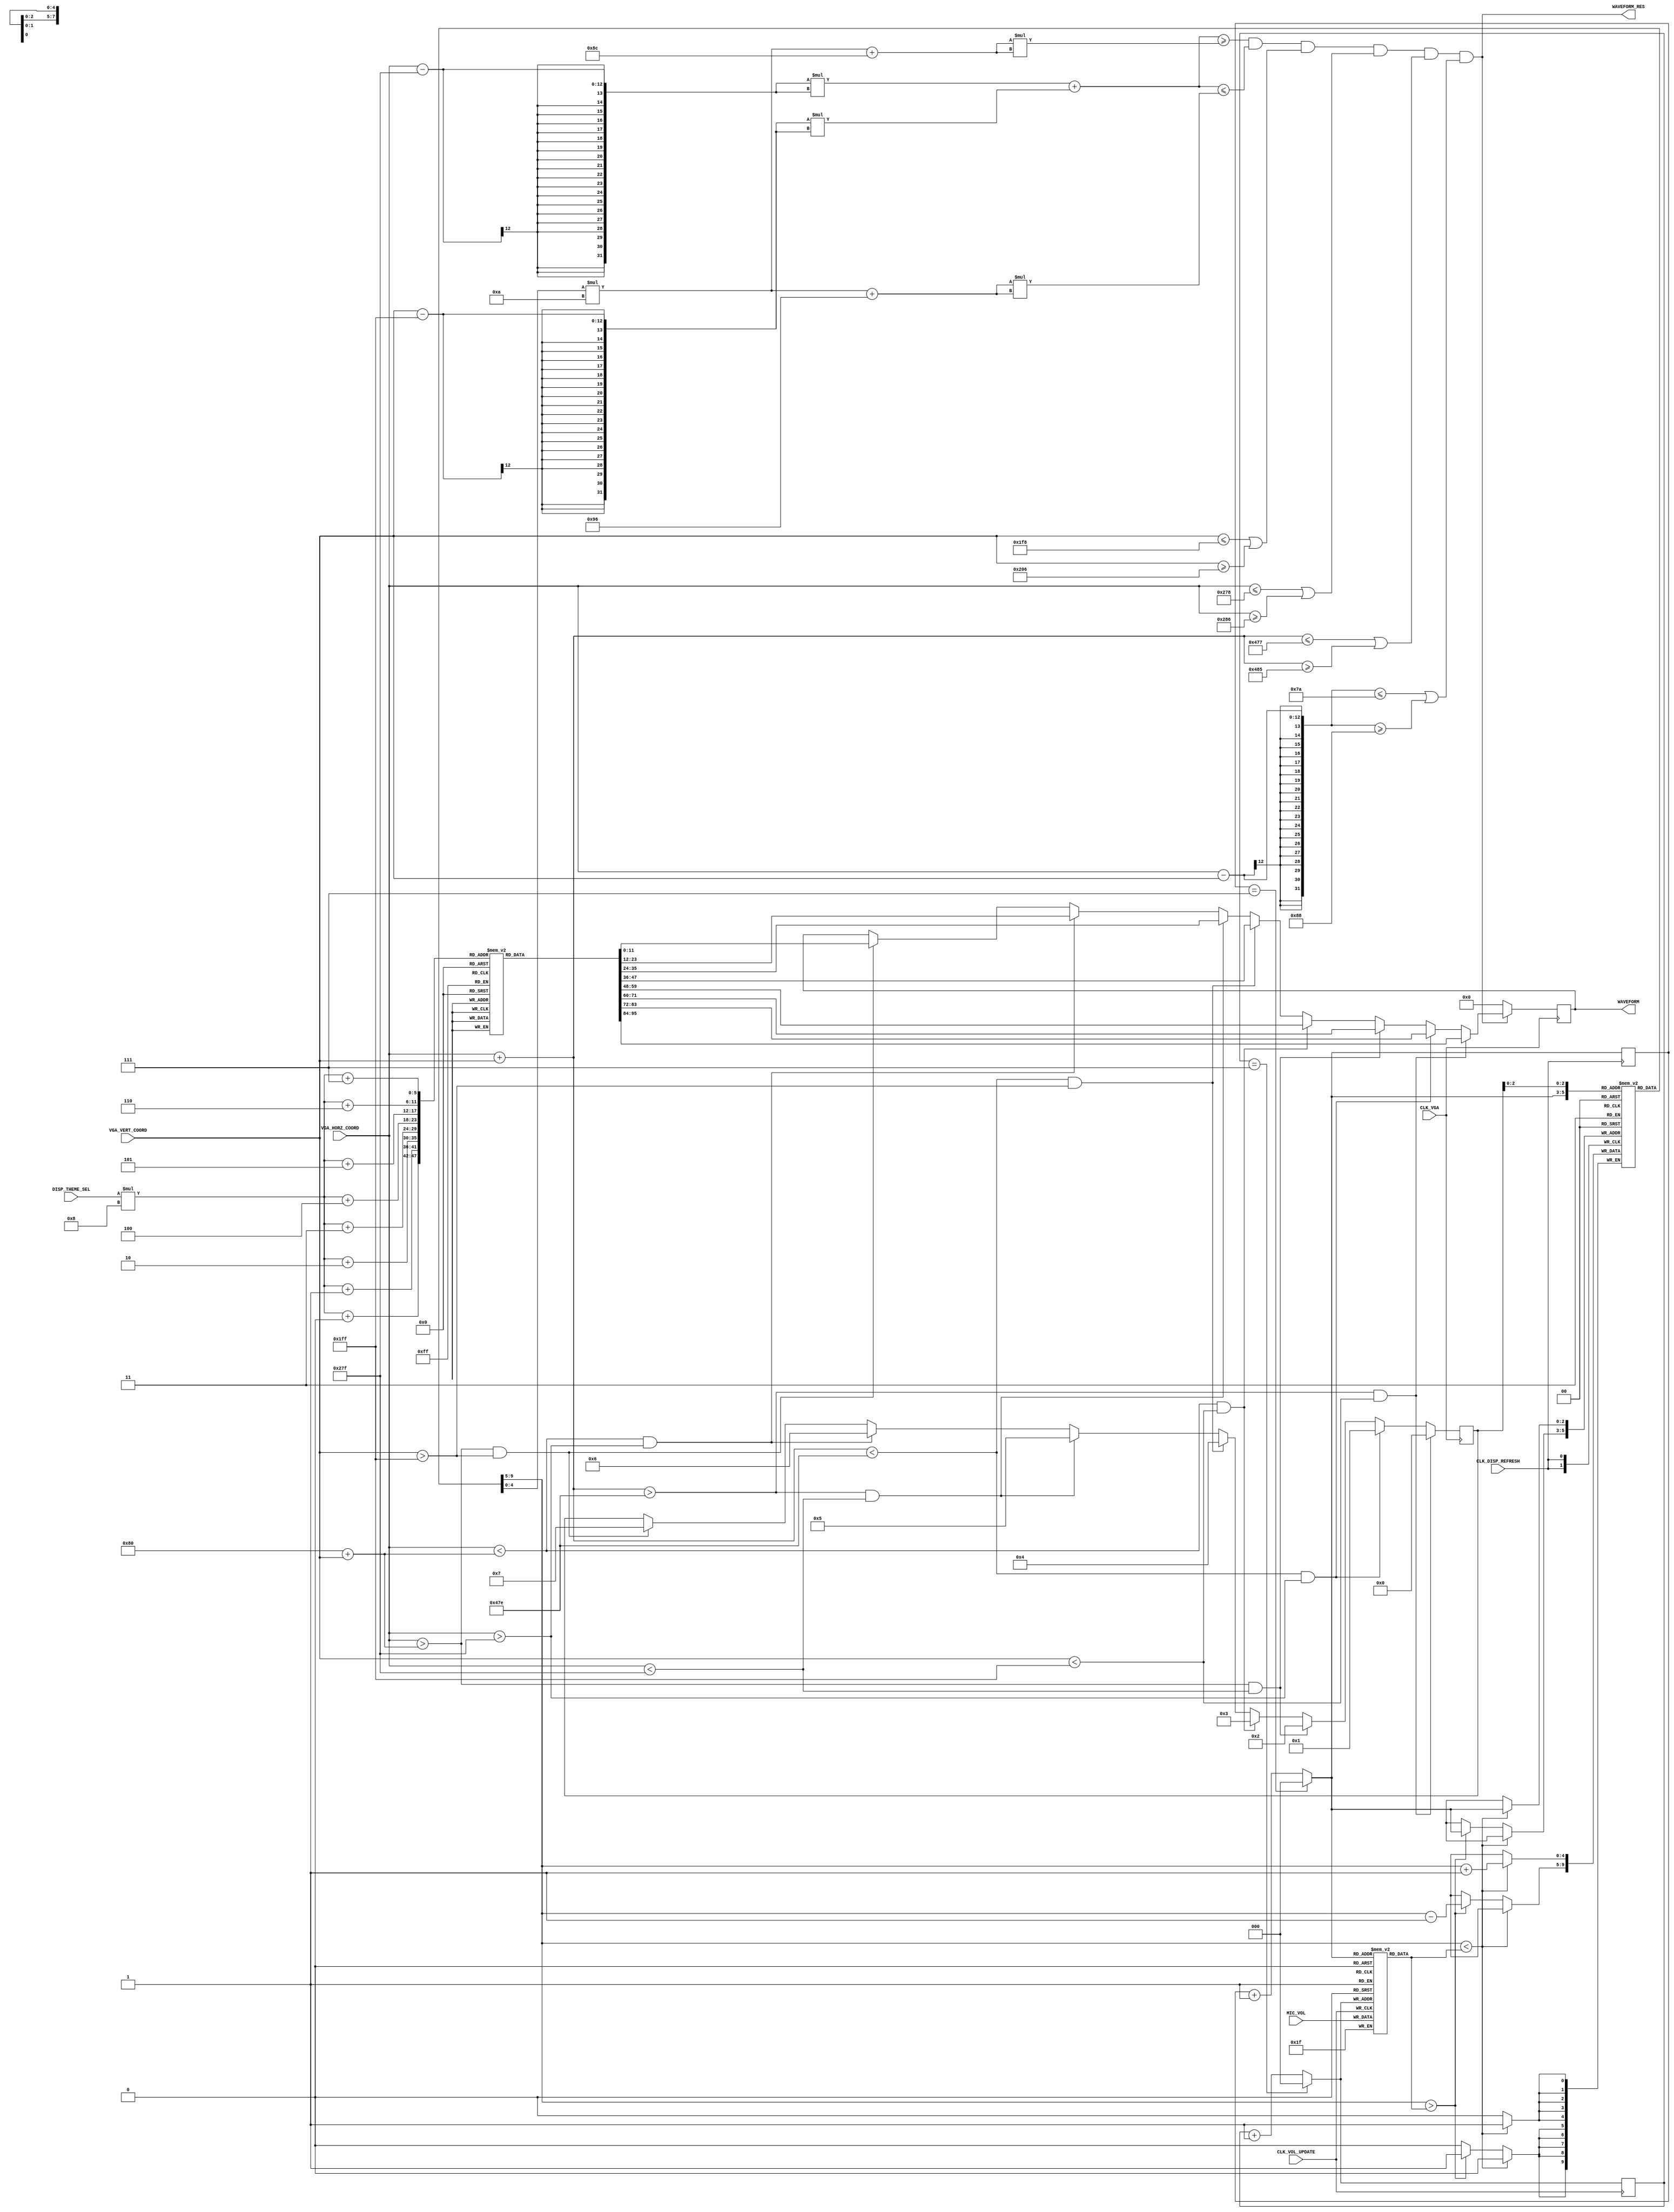
`timescale 1ns / 1ps
//////////////////////////////////////////////////////////////////////////////////
// Company: 
// Engineer: 
// 
// Design Name: 
// Module Name: Circle_Waveform
// Project Name: 
// Target Devices: 
// Tool Versions: 
// Description: 
// 
// Dependencies: 
// 
// Revision:
// Revision 0.01 - File Created
// Additional Comments:
// 
//////////////////////////////////////////////////////////////////////////////////

module Circle_Waveform(
    input CLK_VGA,
    input CLK_DISP_REFRESH,
    input CLK_VOL_UPDATE,
    
    input [11:0] VGA_HORZ_COORD,
    input [11:0] VGA_VERT_COORD,
    input [2:0] DISP_THEME_SEL,
    
    input [4:0] MIC_VOL,
    output reg [11:0] WAVEFORM = 0,
    output WAVEFORM_RES
    );
    
    parameter BASE_INNER_RADIUS = 140;
    parameter BASE_OUTER_RADIUS = 150;
    parameter BASE_CENTER_X = 639;
    parameter BASE_CENTER_Y = 511;
    parameter MAX_NUM_CIRCLES = 20;
    parameter CIRCLES_INTERVAL = 10;
    parameter NUM_SECTORS = 8;
    parameter VOL_ARRAY_MAX = NUM_SECTORS - 1;
    
    parameter THEME_ONE = 0;
    parameter THEME_TWO = 1;
    parameter THEME_THREE = 2;
    parameter THEME_FOUR = 3;
    parameter THEME_FIVE = 4;
    
    reg [11:0] WAVEFORM_COLOURS[4:0][7:0];
    
    initial begin
        WAVEFORM_COLOURS[THEME_ONE][0] = 12'h09F;
        WAVEFORM_COLOURS[THEME_ONE][1] = 12'hD0F;
        WAVEFORM_COLOURS[THEME_ONE][2] = 12'hFF0;
        WAVEFORM_COLOURS[THEME_ONE][3] = 12'h0F0;
        WAVEFORM_COLOURS[THEME_ONE][4] = 12'h0EF;
        WAVEFORM_COLOURS[THEME_ONE][5] = 12'hE75;
        WAVEFORM_COLOURS[THEME_ONE][6] = 12'hF90;
        WAVEFORM_COLOURS[THEME_ONE][7] = 12'h0A0;
        
        WAVEFORM_COLOURS[THEME_TWO][0] = 12'h405;
        WAVEFORM_COLOURS[THEME_TWO][1] = 12'h804;
        WAVEFORM_COLOURS[THEME_TWO][2] = 12'hFF0;
        WAVEFORM_COLOURS[THEME_TWO][3] = 12'hF86;
        WAVEFORM_COLOURS[THEME_TWO][4] = 12'hC0F;
        WAVEFORM_COLOURS[THEME_TWO][5] = 12'hC48;
        WAVEFORM_COLOURS[THEME_TWO][6] = 12'hF90;
        WAVEFORM_COLOURS[THEME_TWO][7] = 12'hB31;
        
        WAVEFORM_COLOURS[THEME_THREE][0] = 12'h00F;
        WAVEFORM_COLOURS[THEME_THREE][1] = 12'h007;
        WAVEFORM_COLOURS[THEME_THREE][2] = 12'h425;
        WAVEFORM_COLOURS[THEME_THREE][3] = 12'hF87;
        WAVEFORM_COLOURS[THEME_THREE][4] = 12'hF00;
        WAVEFORM_COLOURS[THEME_THREE][5] = 12'hF0B;
        WAVEFORM_COLOURS[THEME_THREE][6] = 12'hC50;
        WAVEFORM_COLOURS[THEME_THREE][7] = 12'hFF0;
        
        WAVEFORM_COLOURS[THEME_FOUR][0] = 12'h8C0;
        WAVEFORM_COLOURS[THEME_FOUR][1] = 12'hFF0;
        WAVEFORM_COLOURS[THEME_FOUR][2] = 12'hF60;
        WAVEFORM_COLOURS[THEME_FOUR][3] = 12'hF00;
        WAVEFORM_COLOURS[THEME_FOUR][4] = 12'h00F;
        WAVEFORM_COLOURS[THEME_FOUR][5] = 12'h0F9;
        WAVEFORM_COLOURS[THEME_FOUR][6] = 12'hF05;
        WAVEFORM_COLOURS[THEME_FOUR][7] = 12'hFAA;
        
        WAVEFORM_COLOURS[THEME_FIVE][0] = 12'hE20;
        WAVEFORM_COLOURS[THEME_FIVE][1] = 12'hD80;
        WAVEFORM_COLOURS[THEME_FIVE][2] = 12'hDD0;
        WAVEFORM_COLOURS[THEME_FIVE][3] = 12'h4D0;
        WAVEFORM_COLOURS[THEME_FIVE][4] = 12'h00F;
        WAVEFORM_COLOURS[THEME_FIVE][5] = 12'h407;
        WAVEFORM_COLOURS[THEME_FIVE][6] = 12'h80C;
        WAVEFORM_COLOURS[THEME_FIVE][7] = 12'hFFF;
    end
    
    
    /* VOLUME CALCULATION */
    reg [2:0] i;
    reg [4:0] vol [VOL_ARRAY_MAX:0];
    
    reg [2:0] j;
    reg [4:0] current_vol [VOL_ARRAY_MAX:0];
            
    // Update volume levels.
    always @ (posedge CLK_VOL_UPDATE) begin
        i = (i == VOL_ARRAY_MAX) ? 0 : (i + 1);
        vol[i] <= MIC_VOL;  // range from 0 to 20.
    end
    
    // Allow for a smooth transition between volume levels of the
    // VGA display volume indicator.
    always @ (posedge CLK_DISP_REFRESH) begin
        j = (j == VOL_ARRAY_MAX) ? 0 : (j + 1);
        
        if (current_vol[j] < vol[j]) begin
            current_vol[j] <= current_vol[j] + 1;
        end
        else if (current_vol[j] > vol[j]) begin
            current_vol[j] <= current_vol[j] - 1;
        end
    end
        
    /* WAVEFORM GENERATION */
    wire vertical_spacing = ((VGA_VERT_COORD <= 504) || (VGA_VERT_COORD >= 518));
    wire horizontal_spacing = ((VGA_HORZ_COORD <= 632) || (VGA_HORZ_COORD >= 646));
    wire diagonal_spacing_one = (((VGA_HORZ_COORD + VGA_VERT_COORD) <= 1143) ||
        ((VGA_HORZ_COORD + VGA_VERT_COORD) >= 1157));
    wire diagonal_spacing_two = (((VGA_HORZ_COORD - VGA_VERT_COORD) <= 122) ||
        ((VGA_HORZ_COORD - VGA_VERT_COORD) >= 136));
        
    wire sector_one = ((VGA_HORZ_COORD + VGA_VERT_COORD) > 1150) && (VGA_VERT_COORD < 511);
    wire sector_two = ((VGA_HORZ_COORD + VGA_VERT_COORD) < 1150) && (VGA_HORZ_COORD > 639);
    wire sector_three = (VGA_HORZ_COORD > (128 + VGA_VERT_COORD)) && (VGA_HORZ_COORD < 639);
    wire sector_four = (VGA_HORZ_COORD < (128 + VGA_VERT_COORD)) && (VGA_VERT_COORD < 511);
    wire sector_five = ((VGA_HORZ_COORD + VGA_VERT_COORD) < 1150) && (VGA_VERT_COORD > 511);
    wire sector_six = ((VGA_HORZ_COORD + VGA_VERT_COORD) > 1150) && (VGA_HORZ_COORD < 639) ;
    wire sector_seven = (VGA_HORZ_COORD < (128 + VGA_VERT_COORD)) && (VGA_HORZ_COORD > 639);
    wire sector_eight = (VGA_HORZ_COORD > (128 + VGA_VERT_COORD)) && (VGA_VERT_COORD > 511);
        
    reg [3:0] sector_index = 0;
    wire [20:0] inner_radius = (current_vol[sector_index]*CIRCLES_INTERVAL) + BASE_INNER_RADIUS;
    wire [20:0] outer_radius = (current_vol[sector_index]*CIRCLES_INTERVAL) + BASE_OUTER_RADIUS;
        
    // x^2 + y^2 = r^2
    wire circle = (((VGA_HORZ_COORD - BASE_CENTER_X) * (VGA_HORZ_COORD - BASE_CENTER_X) + 
        (VGA_VERT_COORD - BASE_CENTER_Y) * (VGA_VERT_COORD - BASE_CENTER_Y)) >= (inner_radius * inner_radius))
        && (((VGA_HORZ_COORD - BASE_CENTER_X) * (VGA_HORZ_COORD - BASE_CENTER_X) + 
        (VGA_VERT_COORD - BASE_CENTER_Y) * (VGA_VERT_COORD - BASE_CENTER_Y)) <= (outer_radius * outer_radius));
    
    assign WAVEFORM_RES = circle && vertical_spacing && horizontal_spacing && 
                diagonal_spacing_one && diagonal_spacing_two;
    
    // Colours
    always @ (posedge CLK_VGA) begin
        if (WAVEFORM_RES) begin
            if (sector_one) begin
                WAVEFORM = WAVEFORM_COLOURS[DISP_THEME_SEL][0];
            end
            else if (sector_two) begin
                WAVEFORM = WAVEFORM_COLOURS[DISP_THEME_SEL][1];
            end
            else if (sector_three) begin
                WAVEFORM = WAVEFORM_COLOURS[DISP_THEME_SEL][2];
            end
            else if (sector_four) begin
                WAVEFORM = WAVEFORM_COLOURS[DISP_THEME_SEL][3];
            end
            else if (sector_five) begin
                WAVEFORM = WAVEFORM_COLOURS[DISP_THEME_SEL][4];
            end
            else if (sector_six) begin
                WAVEFORM = WAVEFORM_COLOURS[DISP_THEME_SEL][5];
            end
            else if (sector_seven)  begin
                WAVEFORM = WAVEFORM_COLOURS[DISP_THEME_SEL][6];
            end
            else if (sector_eight) begin
                WAVEFORM = WAVEFORM_COLOURS[DISP_THEME_SEL][7];
            end
        end
        else begin
            WAVEFORM <= 0;
        end
    end
    
    // Volume levels
    always @ (posedge CLK_VGA) begin
        if (sector_one) begin
            sector_index = 0;
        end
        else if (sector_two) begin
            sector_index <= 1;
        end
        else if (sector_three) begin
            sector_index <= 2;
        end
        else if (sector_four) begin
            sector_index <= 3;
        end
        else if (sector_five) begin
            sector_index <= 4;
        end
        else if (sector_six) begin
            sector_index <= 5;
        end
        else if (sector_seven)  begin
            sector_index <= 6;
        end
        else if (sector_eight) begin
            sector_index <= 7;
        end
    end
        
endmodule